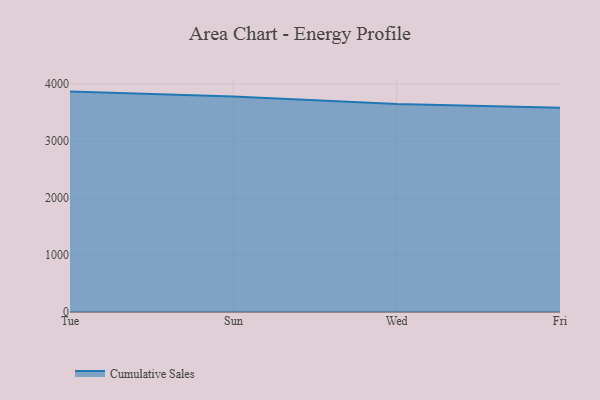
{"axis": {"x": "Day", "y": "Revenue (USD Million)"}, "legend": ["Cumulative Sales"], "data": [{"x": "Tue", "y": 3866.4, "type": "Cumulative Sales"}, {"x": "Sun", "y": 3781.2, "type": "Cumulative Sales"}, {"x": "Wed", "y": 3649.5, "type": "Cumulative Sales"}, {"x": "Fri", "y": 3583.4, "type": "Cumulative Sales"}]}